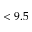
< 9 . 5